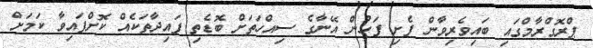
ޕްރޮގްރާމްގައި ބައިވެރިވާން ފެށި ފަހުން އޭނާގެ ސިއްހަތަށް ބޮޑެތި ފައިދާތަކެއް ކޮށްފައިވާ ކަމަށް